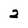
Character: 2